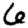
Digit: 6